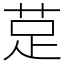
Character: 莡